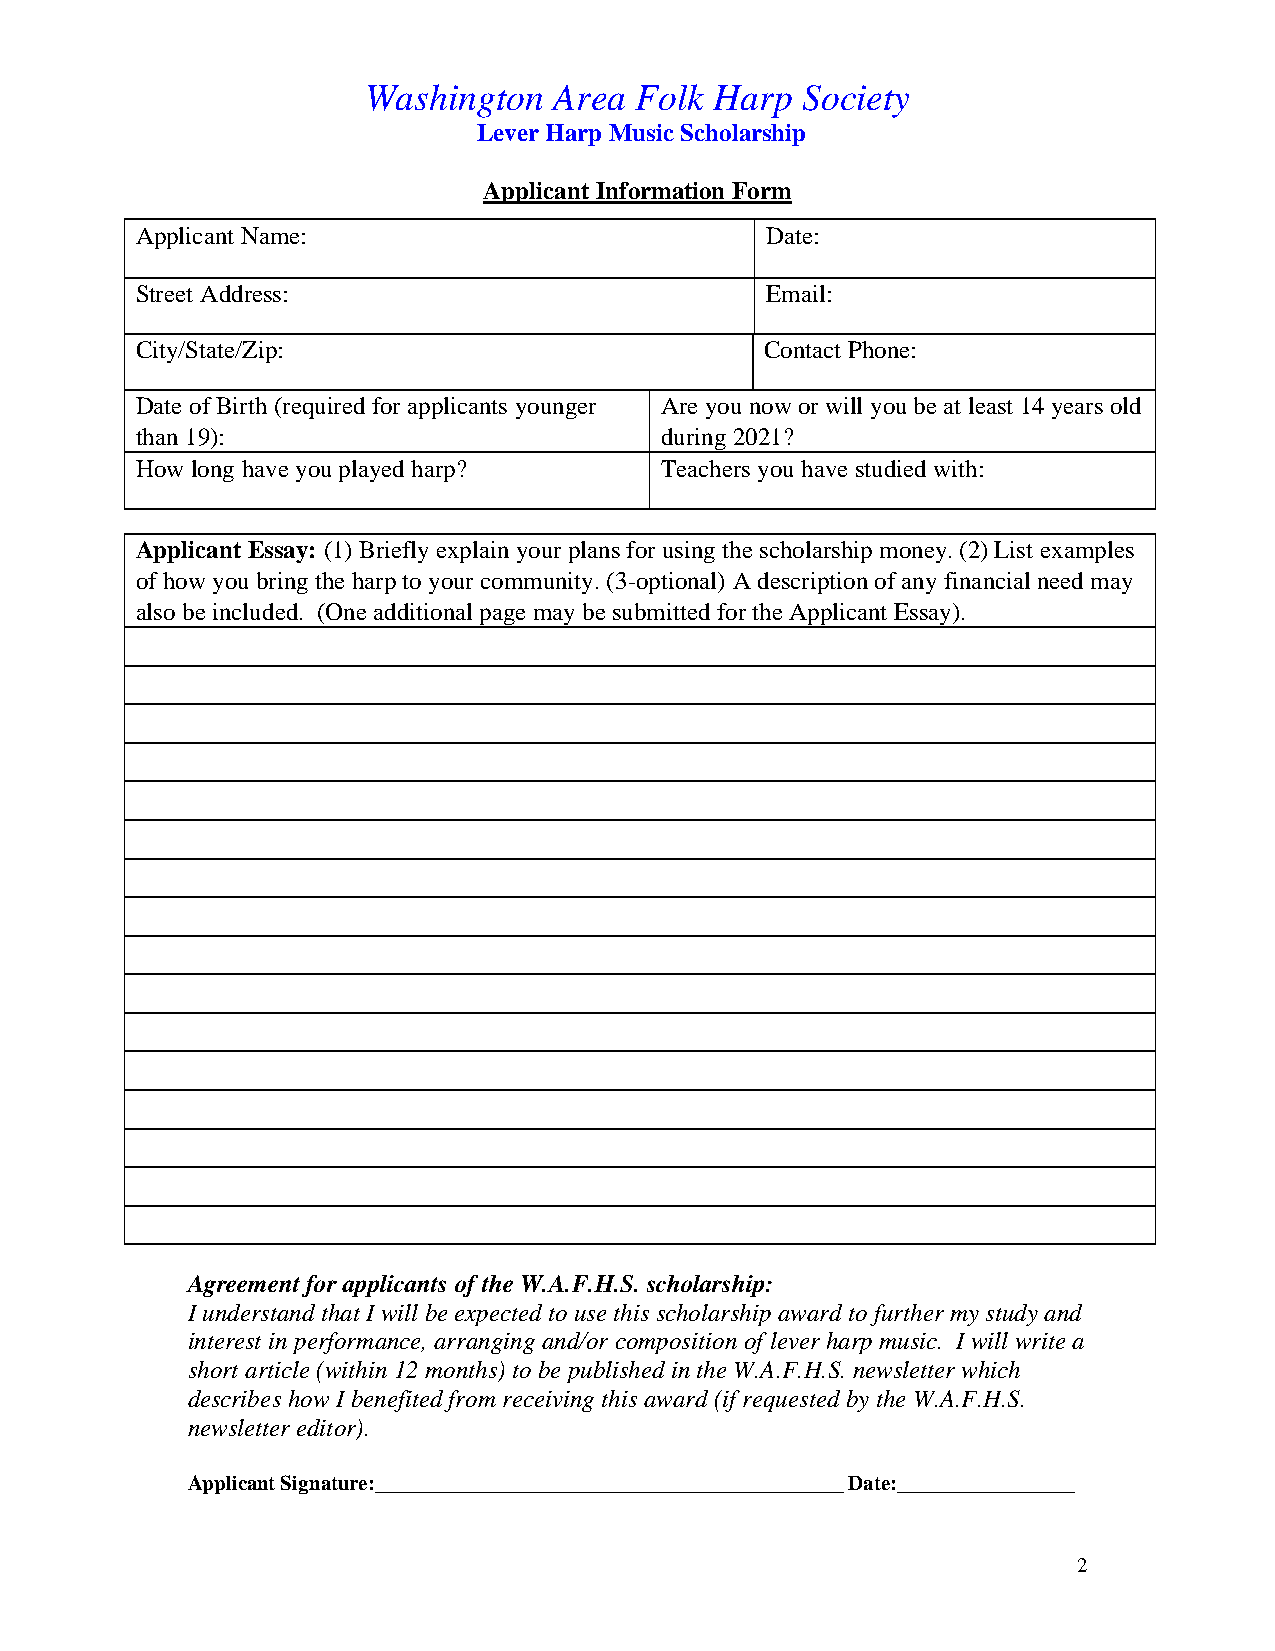
Washington   Area Folk Harp  Society
 Lever Harp Music Scholarship
 Applicant Information Form
 Applicant Name:                           Date:
 Street Address:                           Email:
 City/State/Zip:                           Contact Phone:
 Date of Birth (required for applicants younger Are you now or will you be at least 14 years old
 than 19):                          during 2021?
 How long have you played harp?     Teachers you have studied with:
 Applicant Essay: (1) Briefly explain your plans for using the scholarship money. (2) List examples
 of how you bring the harp to your community. (3-optional) A description of any financial need may
 also be included. (One additional page may be submitted for the Applicant Essay).
 Agreement for applicants of the W.A.F.H.S. scholarship:
 I understand that I will be expected to use this scholarship award to further my study and
 interest in performance, arranging and/or composition of lever harp music. I will write a
 short article (within 12 months) to be published in the W.A.F.H.S. newsletter which
 describes how I benefited from receiving this award (if requested by the W.A.F.H.S.
 newsletter editor).
 Applicant Signature:_____________________________________________ Date:_________________
 2